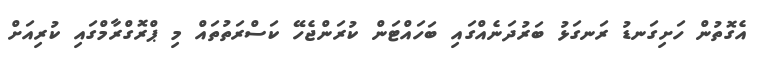
އެގޮތުން ހަށިގަނޑު ރަނގަޅު ބަރުދަނެއްގައި ބަހައްޓަން ކުރަންޖެހޭ ކަސްރަތުތައް މި ޕްރޮގްރާމްގައި ކުރިއަށް